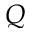
Q